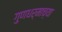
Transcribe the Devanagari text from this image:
गुणधर्माच्या